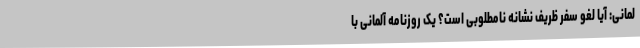
لمانی: آیا لغو سفر ظریف نشانه‌ نامطلوبی‌ است؟ یک روزنامه آلمانی با